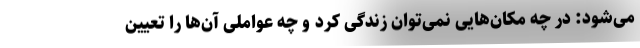
می‌شود: در چه مکان‌هایی نمی‌توان زندگی کرد و چه عواملی آن‌ها را تعیین